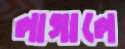
লাগালে